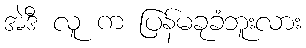
အဲဒီ လူ က ပြန်မခုခံဘူးလား